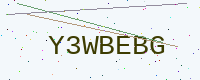
Text: Y3WBEBG